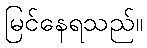
မြင်နေရသည်။